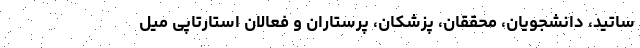
ساتید، دانشجویان، محققان، پزشکان، پرستاران و فعالان استارتاپی میل